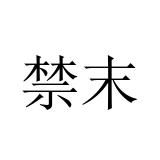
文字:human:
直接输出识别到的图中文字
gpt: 禁末